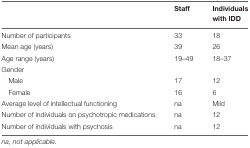
<table><thead><tr><td></td><td><b>Staff</b></td><td><b>Individuals with IDD</b></td></tr></thead><tbody><tr><td>Number of participants</td><td>33</td><td>18</td></tr><tr><td>Mean age (years)</td><td>39</td><td>26</td></tr><tr><td>Age range (years)</td><td>19–49</td><td>18–37</td></tr><tr><td>Gender</td><td></td><td></td></tr><tr><td>Male</td><td>17</td><td>12</td></tr><tr><td>Female</td><td>16</td><td>6</td></tr><tr><td>Average level of intellectual functioning</td><td>na</td><td>Mild</td></tr><tr><td>Number of individuals on psychotropic medications</td><td>na</td><td>12</td></tr><tr><td>Number of individuals with psychosis</td><td>na</td><td>12</td></tr></tbody></table>